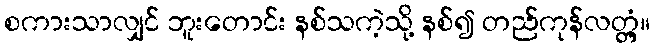
စကားသာလျှင် ဘူးတောင်း နစ်သကဲ့သို့ နစ်၍ တည်ကုန်လတ္တံ့။